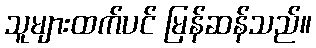
သူများထက်ပင် မြန်ဆန်သည်။